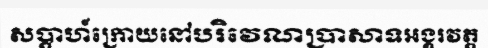
សប្តាហ៍ក្រោយនៅបរិវេណប្រាសាទអង្គរវត្ត